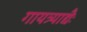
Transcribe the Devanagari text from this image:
गायत्र्याद्यैः